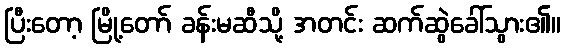
ပြီးတော့ မြို့တော် ခန်းမဆီသို့ အတင်း ဆက်ဆွဲခေါ်သွား၏။